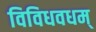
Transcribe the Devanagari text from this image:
विविधवधम्